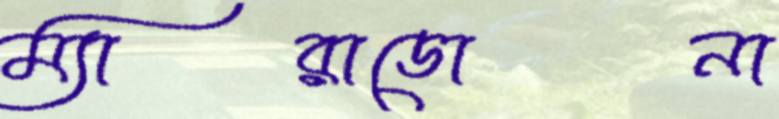
ম্যারাডোনা